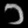
Digit: ၁